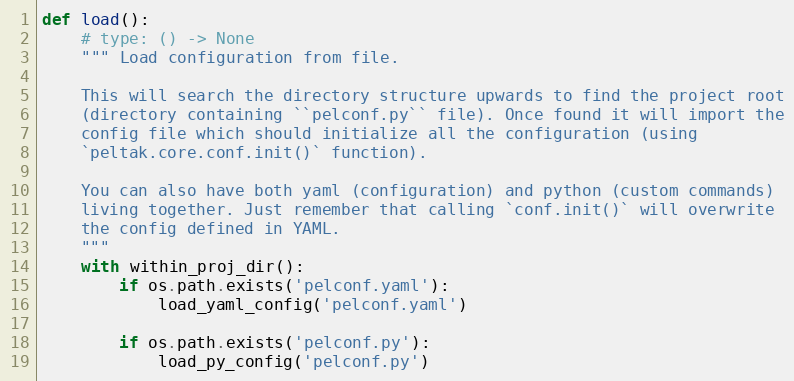
Language: Python
def load():
    # type: () -> None
    """ Load configuration from file.

    This will search the directory structure upwards to find the project root
    (directory containing ``pelconf.py`` file). Once found it will import the
    config file which should initialize all the configuration (using
    `peltak.core.conf.init()` function).

    You can also have both yaml (configuration) and python (custom commands)
    living together. Just remember that calling `conf.init()` will overwrite
    the config defined in YAML.
    """
    with within_proj_dir():
        if os.path.exists('pelconf.yaml'):
            load_yaml_config('pelconf.yaml')

        if os.path.exists('pelconf.py'):
            load_py_config('pelconf.py')